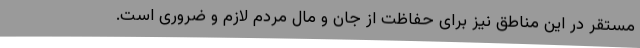
مستقر در این مناطق نیز برای حفاظت از جان و مال مردم لازم و ضروری است.